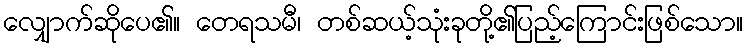
လျှောက်ဆိုပေ၏။ တေရသမီ၊ တစ်ဆယ့်သုံးခုတို့၏ပြည့်ကြောင်းဖြစ်သော။